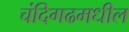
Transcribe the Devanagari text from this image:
चंदिगढमधील